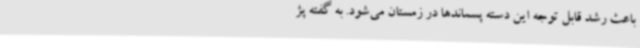
باعث رشد قابل توجه این دسته پسماندها در زمستان می‌شود. به گفته پژ